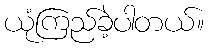
ယုံကြည်ခဲ့ပါတယ်။